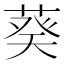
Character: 葵